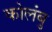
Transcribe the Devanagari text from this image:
कोलंबु